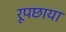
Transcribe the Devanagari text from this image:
रूपछाया